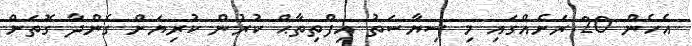
އެހެން 20 ރަށެއްގައި މި ސިޔާސަތު އިފްތިތާޙް ކުރުން ކުރިޔަށް ގެންދާ ގޮތަށް